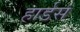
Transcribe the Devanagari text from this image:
हार्डस